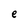
Character: e